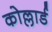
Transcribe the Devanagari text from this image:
कोल्लार्ड